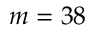
m = 3 8